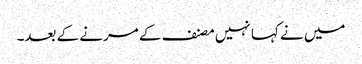
میں نے کہا نہیں مصنف کے مرنے کے بعد۔